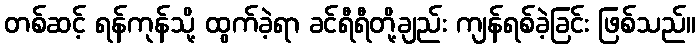
တစ်ဆင့် ရန်ကုန်သို့ ထွက်ခဲ့ရာ ခင်ရီရီတို့ချည်း ကျန်ရစ်ခဲ့ခြင်း ဖြစ်သည်။